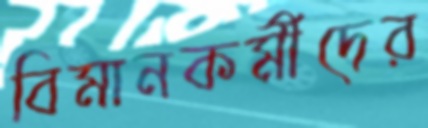
বিমানকর্মীদের